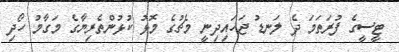
ޓީސީގެ ފުރަތަމަ ދެ ލަނޑު ޖަހައިދިނީ މެޗުގެ މޮޅު ކުޅުންތެރިޔާގެ މަގާމު ހޯދި